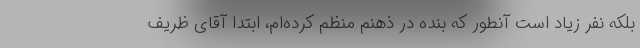
بلکه نفر زیاد است آنطور که بنده در ذهنم منظم کرده‌ام، ابتدا آقای ظریف